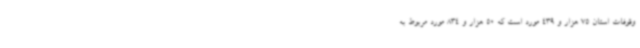
وقوفات استان 75 هزار و 439 مورد است که 50 هزار و 834 مورد مربوط به